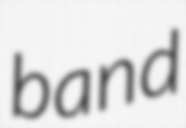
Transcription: band